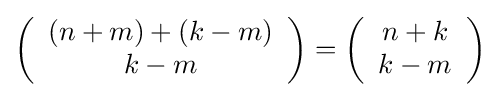
\left({\begin{array}{c}(n+m)+(k-m)\\k-m\end{array}}\right)=\left({\begin{array}{c}n+k\\k-m\end{array}}\right)